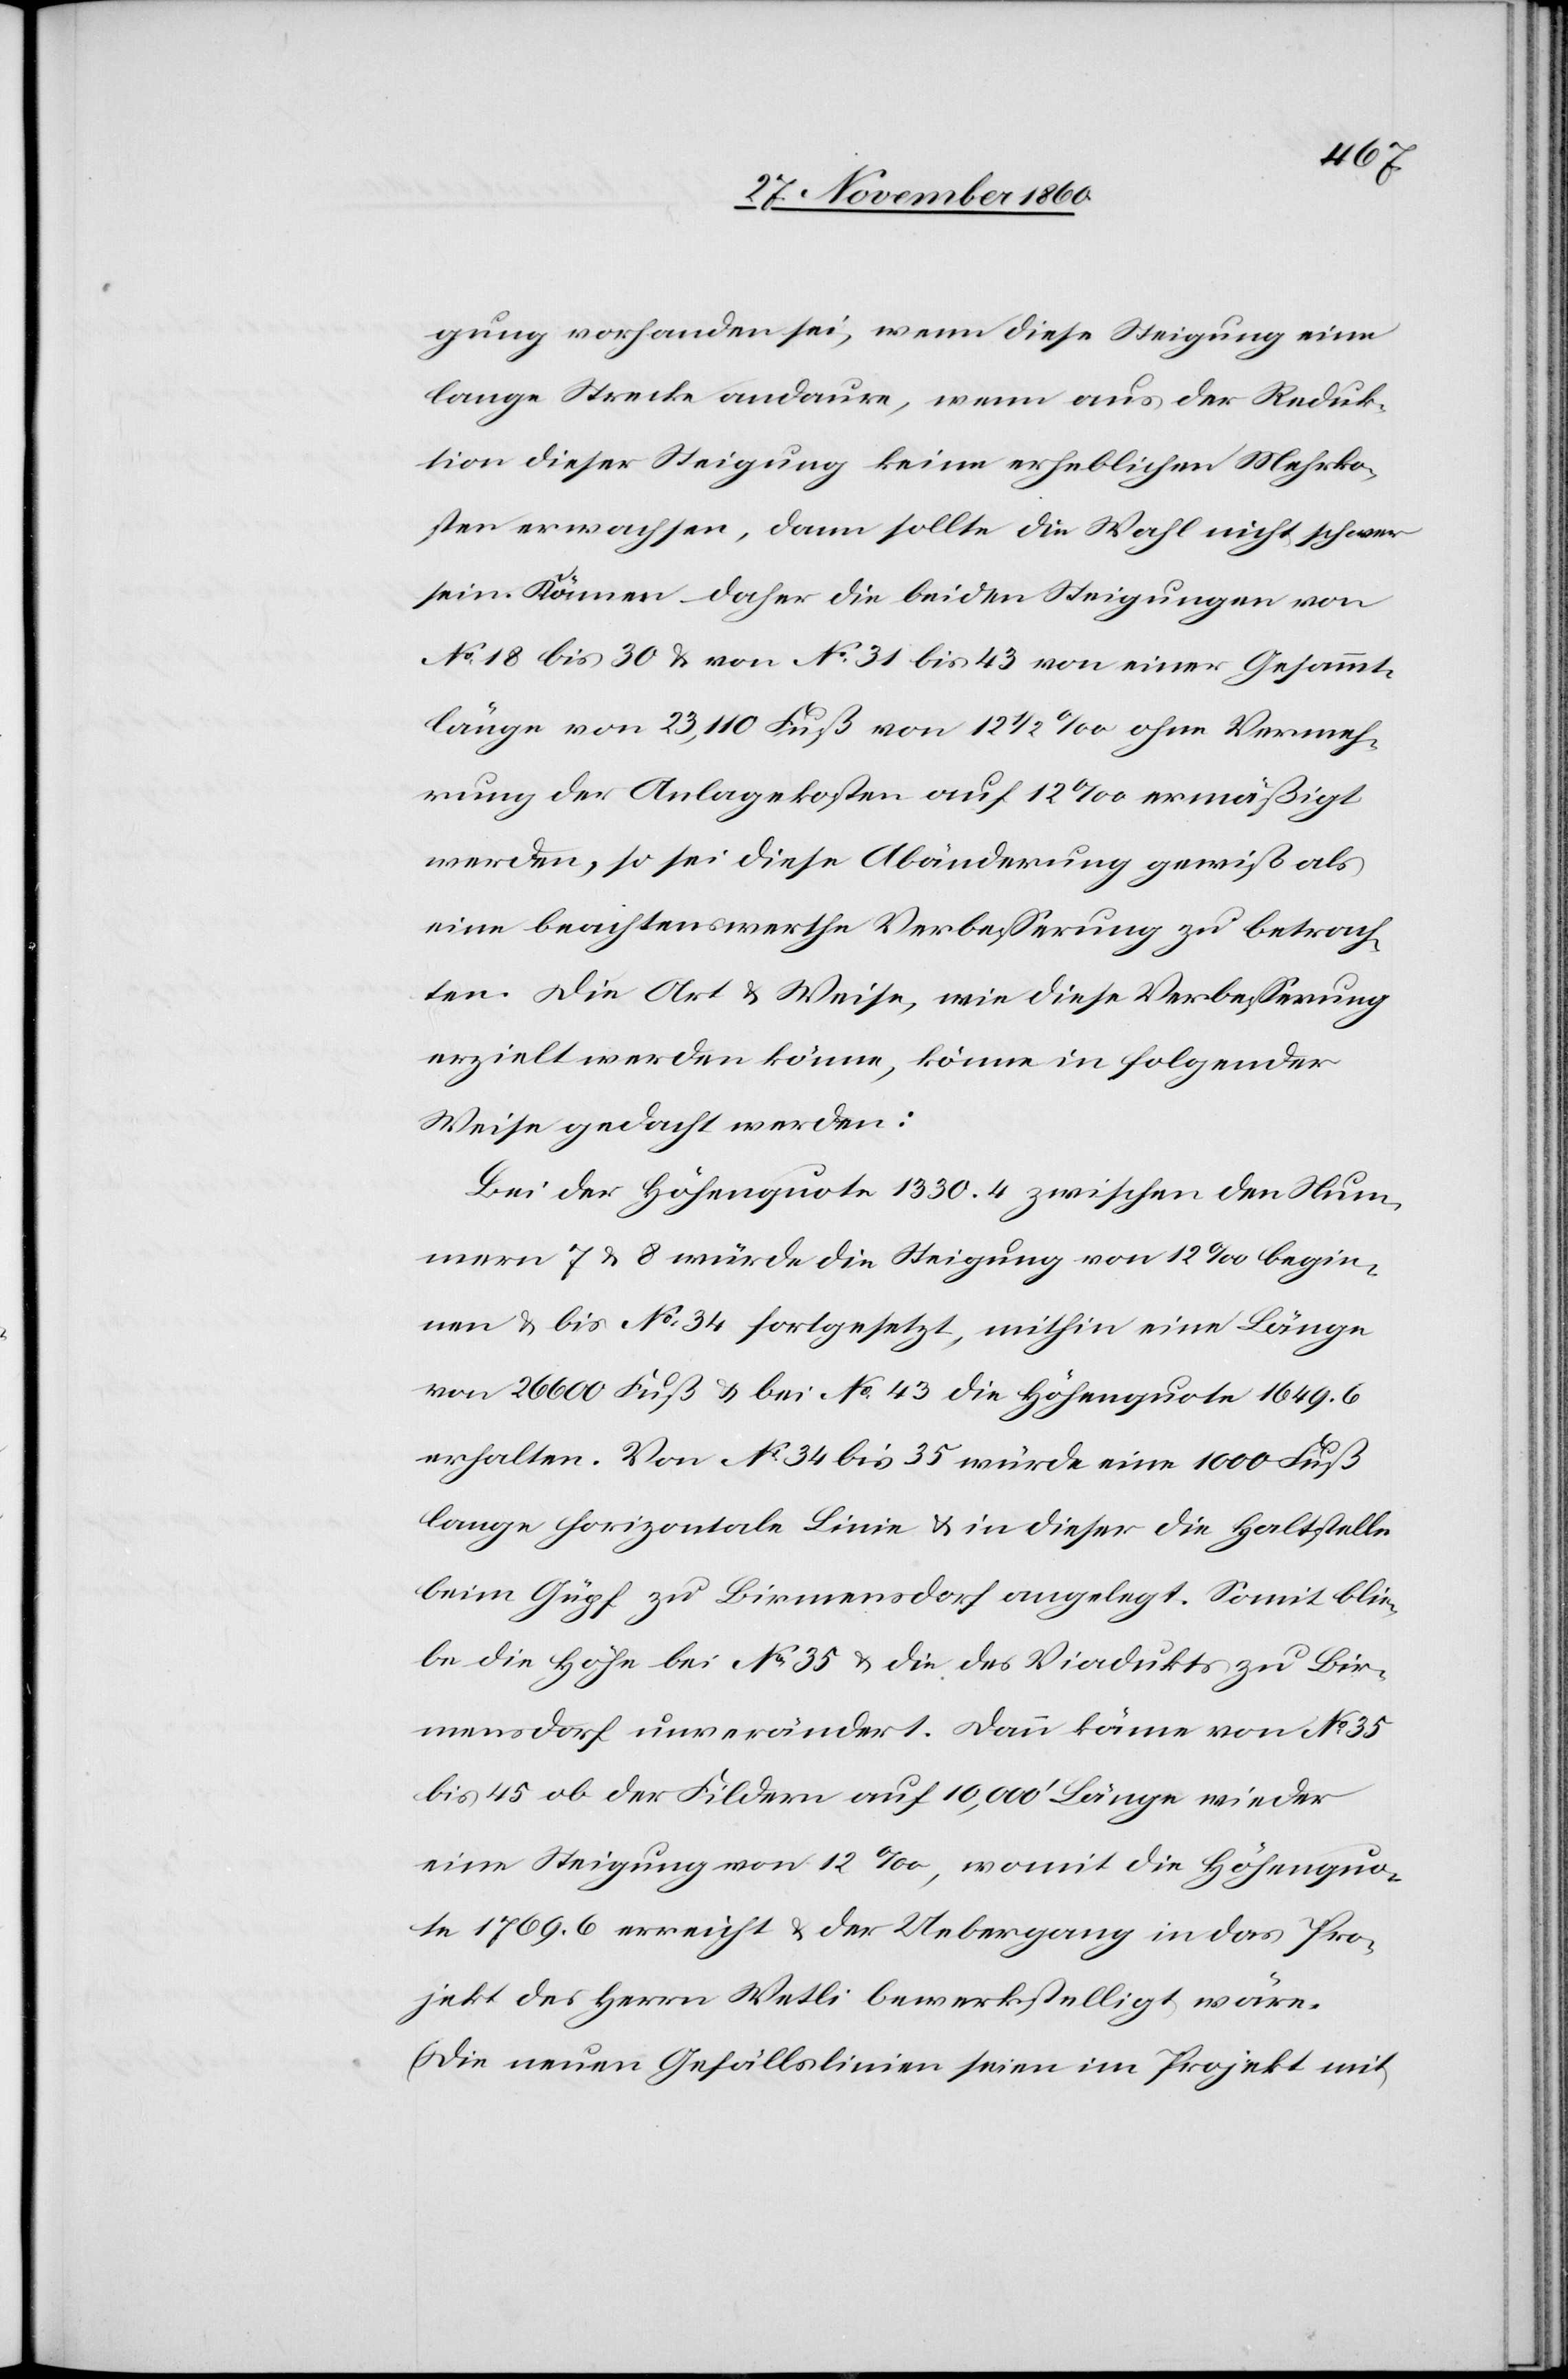
gung vorhanden sei, wenn diese Steigung eine
lange Strecke andaure, wenn aus der Reduk¬
tion dieser Steigung keine erheblichen Mehrko¬
sten erwachsen, dann sollte die Wahl nicht schwer
sein. Können daher die beiden Steigungen von
No 18 bis 30 u. von No 31 bis 43 von einer Gesammt¬
länge von 23,110 Fuß von 12 1/2‰ ohne Vermeh¬
rung der Anlagekosten auf 12‰ ermäßigt
werden, so sei diese Abänderung gewiß als
eine beachtenswerthe Verbesserung zu betrach¬
ten. Die Art u. Weise, wie diese Verbesserung
erzielt werden könne, könne in folgender
Weise gedacht werden:
Bei der Höhenquote 1330.4 zwischen den Num¬
mern 7 u. 8 würde die Steigung von 12‰ begin¬
nen u. bis No 34 fortgesetzt, mithin eine Länge
von 26 600 Fuß u. bei No 43 die Höhenquote 1649.6
erhalten. Von No 34 bis 35 würde eine 1000 Fuß
lange horizontale Linie u. in dieser die Haltstelle
beim Güpf zu Birmensdorf angelegt. Somit blie¬
be die Höhe bei No 35 u. die des Viaduktes zu Bir¬
mensdorf unverändert. Dann käme von No 35
bis 45 ob der Fildern auf 10,000 Länge wieder
eine Steigung von 12‰, womit die Höhenquo¬
te 1769.6 erreicht u. der Uebergang in das Pro¬
jekt des Herrn Wetli bewerkstellig wäre.
(Die neuen Gefällslinien seien im Projekt mit